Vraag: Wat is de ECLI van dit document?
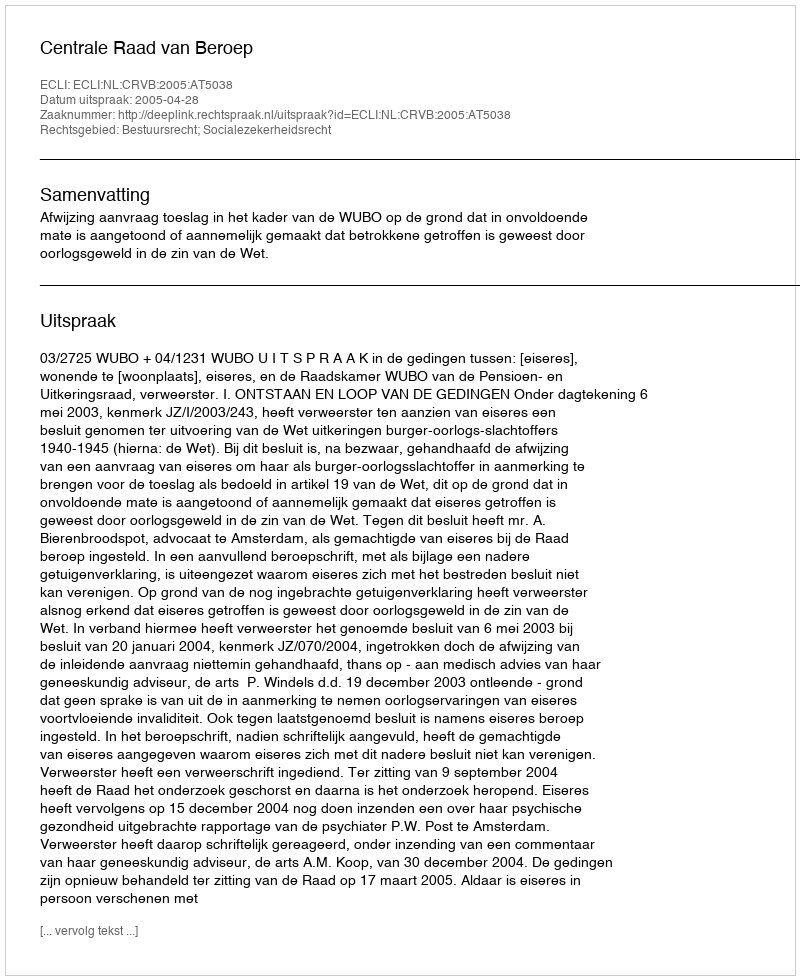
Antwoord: ECLI:NL:CRVB:2005:AT5038